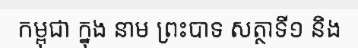
កម្ពុជា ក្នុង នាម ព្រះបាទ សត្ថាទី១ និង